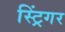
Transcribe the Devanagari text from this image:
स्ट्रिंगर